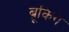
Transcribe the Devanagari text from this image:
ब्रूकिंग